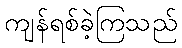
ကျန်ရစ်ခဲ့ကြသည်